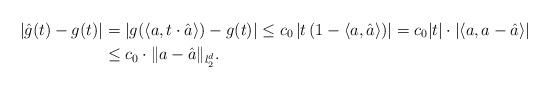
LaTeX: \begin{align*}\vert \hat g(t)-g(t)\vert&=\vert g(\langle a,t\cdot\hat a\rangle)-g(t)\vert \leq c_0 \left\vert t \left(1-\langle a,\hat a\rangle\right)\right\vert=c_0 \vert t\vert\cdot\left\vert\langle a,a-\hat a\rangle\right\vert\\&\leq c_0\cdot\|a-\hat a\|_{l_2^d}.\end{align*}